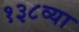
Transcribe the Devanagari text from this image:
१३८व्या